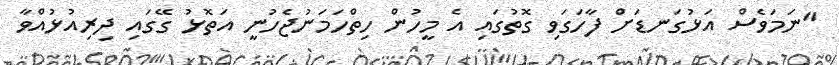
"ނަމަވެސް އަޅުގަނޑަށް ފާހަގަވި ގޮތުގައި އެ މީހުން ހިތްހަމަނުޖެހުނީ އަތޮޅު ގޭގައި ދިރިއުޅުއްވާ